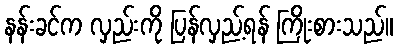
နန်းခင်က လှည်းကို ပြန်လှည့်ရန် ကြိုးစားသည်။